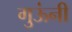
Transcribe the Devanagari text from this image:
गुऊंनी